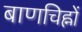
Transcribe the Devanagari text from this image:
बाणचिह्नों